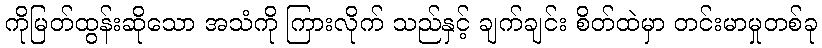
ကိုမြတ်ထွန်းဆိုသော အသံကို ကြားလိုက် သည်နှင့် ချက်ချင်း စိတ်ထဲမှာ တင်းမာမှုတစ်ခု